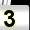
Digit: 3